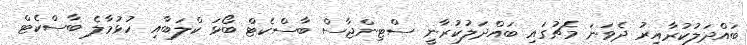
ބައްދަލުކުރާއިރު ދެވަނަ މެޗުގައި ބައްދަލުކުރާނީ ސްޓިންޖާސް ބާސްކެޓް ބޯޅަ ކްލަބާއި ހުޅުމާލެ ބާސްކެޓް